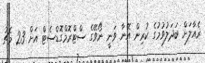
ރެއާލަށް ބަދަލުވުމުގެ ކުރިން އޭނާ ވަނީ ނޯވޭގެ ސްޓްރޮމްގޮޑްސެޓް އަށް 23 މެޗު